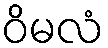
ဝိမလံ